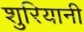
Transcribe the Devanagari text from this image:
शुरियानी